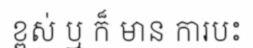
ខ្ពស់ ឬ ក៏ មាន ការបះ